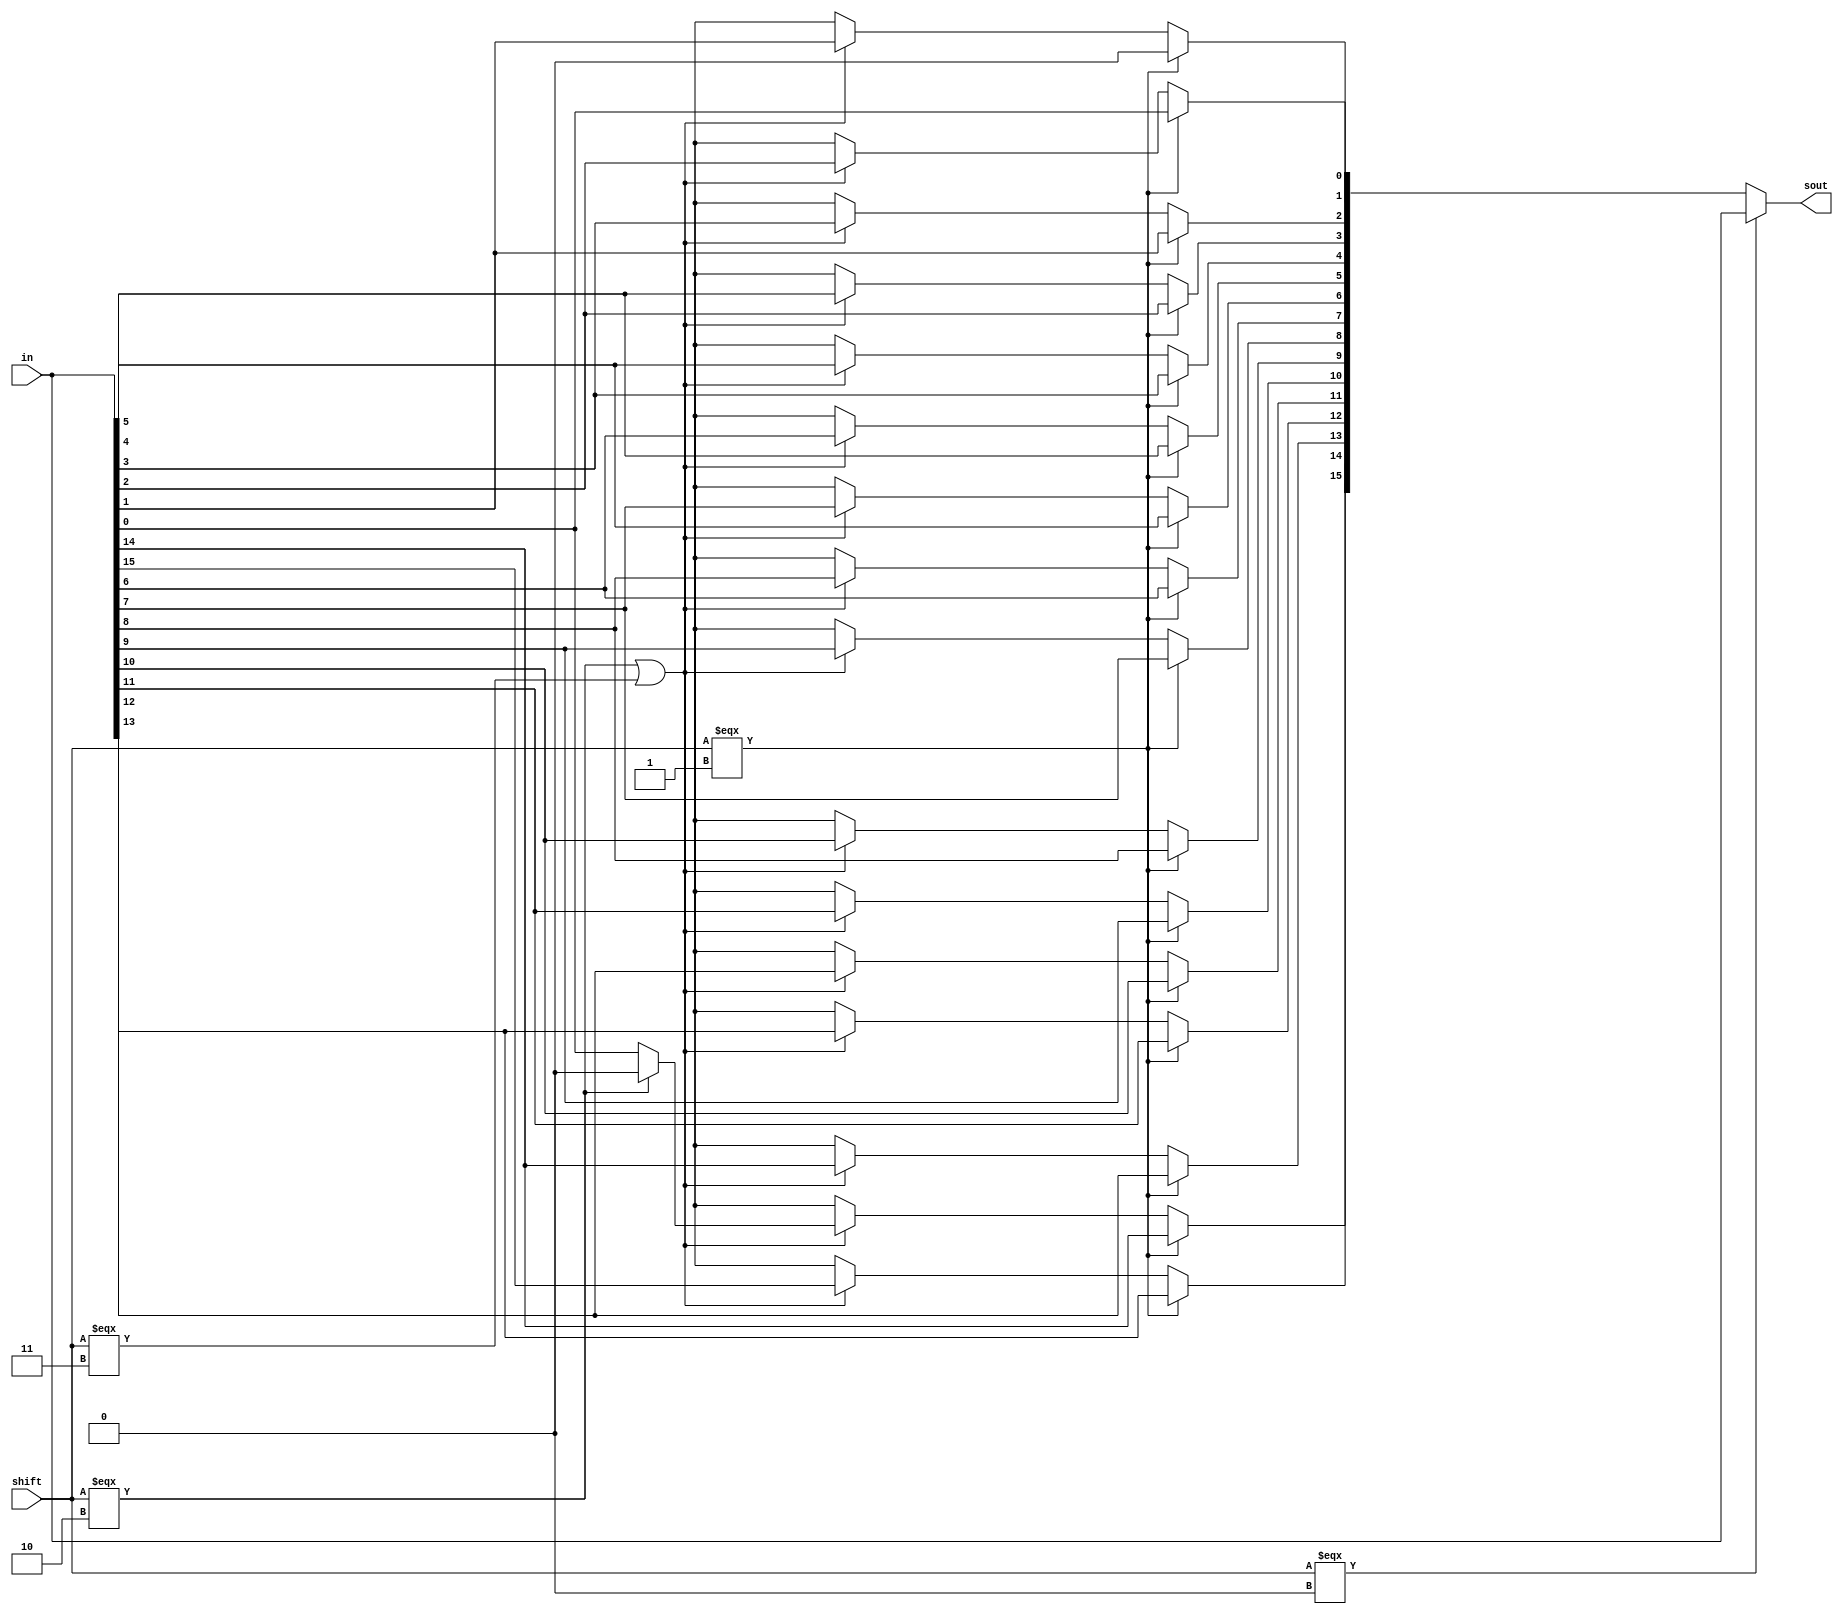
module shifter(in,shift,sout);
	input [15:0] in;
	input [1:0] shift;
	output reg[15:0] sout;

	reg copyIn15;


	always @(shift, in) begin
		copyIn15 = in[0];

		if (shift === 2'b00) //00, then in = out
			sout = in;
		else if (shift === 2'b01) begin //1 --> shift left
			sout[15] = in[14];
			sout[14] = in[13];
			sout[13] = in[12];
			sout[12] = in[11];
			sout[11] = in[10];
			sout[10] = in[9];
			sout[9] = in[8];
			sout[8] = in[7];
			sout[7] = in[6];
			sout[6] = in[5];
			sout[5] = in[4];
			sout[4] = in[3];
			sout[3] = in[2];
			sout[2] = in[1];
			sout[1] = in[0];
			sout[0] = 0;
		end
		else if (shift === 2'b10 | shift === 2'b11) begin //shift right
			sout[0] = in[1];
			sout[1] = in[2];
			sout[2] = in[3];
			sout[3] = in[4];
			sout[4] = in[5];
			sout[5] = in[6];
			sout[6] = in[7];
			sout[7] = in[8];
			sout[8] = in[9];
			sout[9] = in[10];
			sout[10] = in[11];
			sout[11] = in[12];
			sout[12] = in[13];
			sout[13] = in[14];
			sout[14] = in[15];

			if (shift === 2'b10) //MSB is 0
				sout[15] = 0;
			else
				sout[15] = copyIn15; //MSB is copy of B[15]
		end
		else
			sout = 16'bx;
	end


// fill out the rest
endmodule